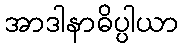
အာဒါနာဓိပ္ပါယာ